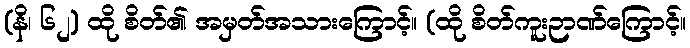
(နိ၊ ၆၂) ထို စိတ်၏ အမှတ်အသားကြောင့်။ (ထို စိတ်ကူးဉာဏ်ကြောင့်။